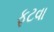
ફૂટવા